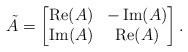
LaTeX: \begin{align*}\tilde{A}=\left[ \begin{matrix} \operatorname{Re}(A) & -\operatorname{Im}(A) \\ \operatorname{Im}(A) & \operatorname{Re}(A) \\\end{matrix} \right].\end{align*}